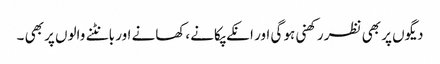
دیگوں پر بھی نظر رکھنی ہو گی اور انکے پکانے ،کھانے اور بانٹنے والوں پر بھی ۔